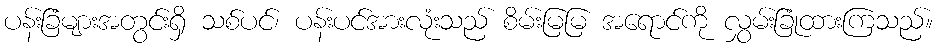
ပန်းခြံများအတွင်းရှိ သစ်ပင်၊ ပန်းပင်အားလုံးသည် စိမ်းမြမြ အရောင်ကို လွှမ်းခြုံထားကြသည်။